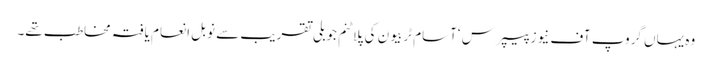
وہ یہاں گروپ آف نیوز پیپرس ‘آسام ٹربیو ن کی پلاٹنم جوبلی تقریب سے نوبل انعام یافتہ مخاطب تھے۔